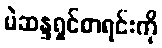
မဲဆန္ဒရှင်စာရင်းကို